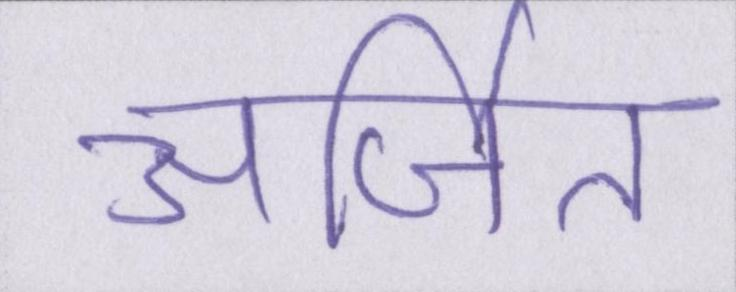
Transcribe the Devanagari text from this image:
अर्जित